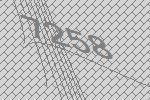
7258